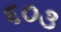
૬૦૩